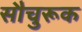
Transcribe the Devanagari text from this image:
सौचुरूक